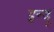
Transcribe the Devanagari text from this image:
इन्‍दू